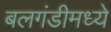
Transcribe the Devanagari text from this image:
बलगंडीमध्ये